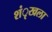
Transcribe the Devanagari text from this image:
शंृखला